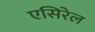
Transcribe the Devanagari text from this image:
एसिरेल